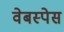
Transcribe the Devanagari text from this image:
वेबस्पेस